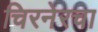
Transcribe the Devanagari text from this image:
चिरनेरचा